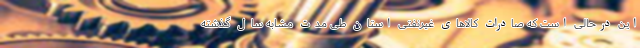
این درحالی است که صادرات کالاهای غیرنفتی استان طی مدت مشابه سال گذشته